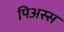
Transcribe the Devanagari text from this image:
पिअस्स